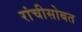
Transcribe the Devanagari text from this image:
रांचीसोबत